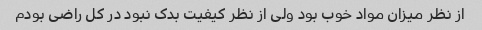
از نظر میزان مواد خوب بود ولی از نظر کیفیت بدک نبود در کل راضی بودم